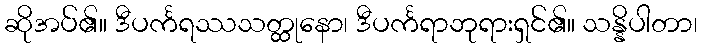
ဆိုအပ်၏။ ဒီပင်္ကရဿသတ္ထုနော၊ ဒီပင်္ကရာဘုရားရှင်၏။ သန္နိပါတာ၊